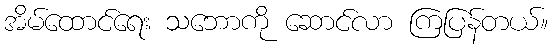
အိမ်ထောင်ရေး သဘောကို ဆောင်လာ ကြပြန်တယ်။